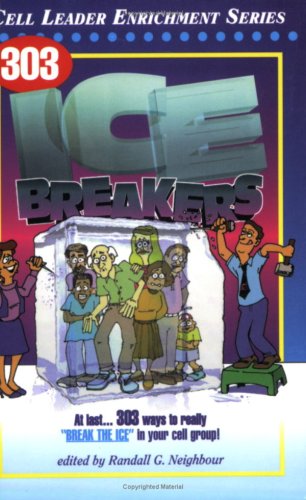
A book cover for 303 Icebreakers (Cell Leader Enrichment); Randall G. Neighbour; Christian Books & Bibles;